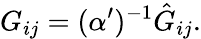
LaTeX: G_{ij}=(\alpha^{\prime})^{-1}\hat{G}_{ij}.